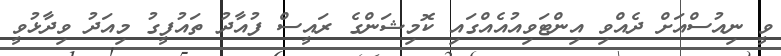
ވީ ނިއުސްއަށް ދެއްވި އިންޓަވިއުއެއްގައި ކޮމިޝަންގެ ރައީސް ފުއާދު ތައުފީގު މިއަދު ވިދާޅުވީ